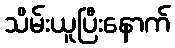
သိမ်းယူပြီးနောက်